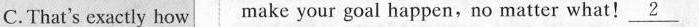
C. That's exactly how make your goal happen,no matter what!\underline{2}